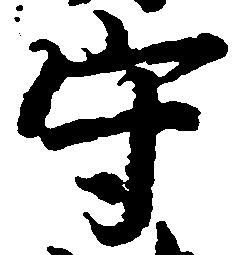
守